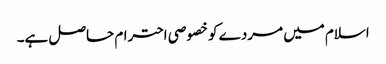
اسلام میں مردے کو خصوصی احترام حاصل ہے۔